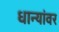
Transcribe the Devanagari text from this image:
धान्यांवर